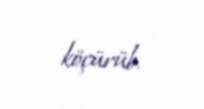
köçürüb.